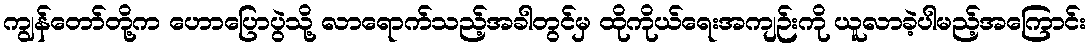
ကျွန်တော်တို့က ဟောပြောပွဲသို့ လာရောက်သည့်အခါတွင်မှ ထိုကိုယ်ရေးအကျဉ်းကို ယူလာခဲ့ပါမည့်အကြောင်း